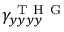
\gamma _ { y y y y } ^ { \mathrm { ~ T ~ H ~ G ~ } }